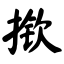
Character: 揿